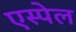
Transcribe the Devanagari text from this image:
एस्पेल